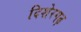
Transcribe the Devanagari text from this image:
दिशेरगढ़